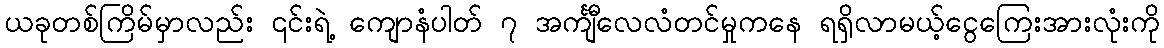
ယခုတစ်ကြိမ်မှာလည်း ၎င်းရဲ့ ကျောနံပါတ် ၇ အင်္ကျီလေလံတင်မှုကနေ ရရှိလာမယ့်ငွေကြေးအားလုံးကို